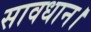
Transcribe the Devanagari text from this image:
सावधान।